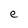
Character: e